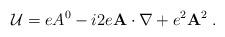
LaTeX: \begin{align*}{\cal U}=eA^{0}-i2e{\bf A\cdot \nabla }+e^{2}{\bf A}^{2}\;.\end{align*}